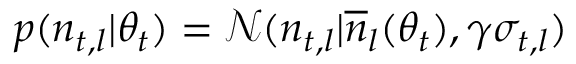
\begin{array} { r } { p ( n _ { t , l } | \theta _ { t } ) = \mathcal { N } ( n _ { t , l } | \overline { { n } } _ { l } ( \theta _ { t } ) , \gamma \sigma _ { t , l } ) } \end{array}